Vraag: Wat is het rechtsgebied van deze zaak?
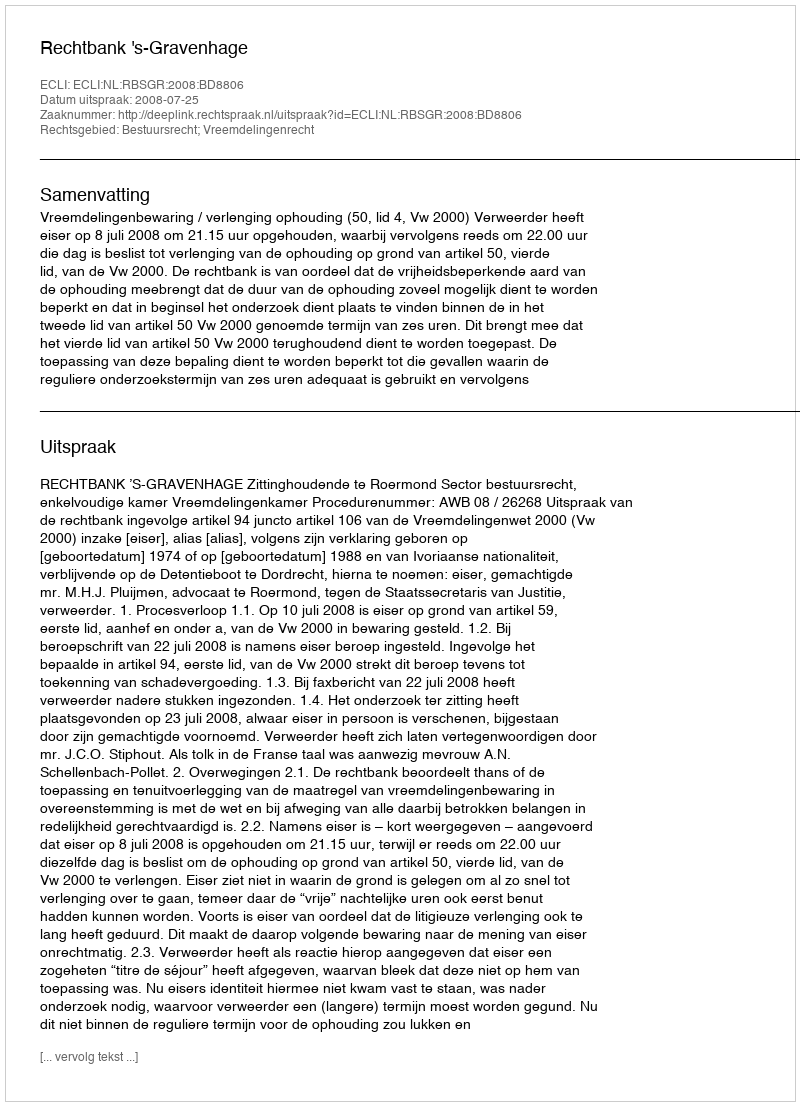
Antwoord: Bestuursrecht; Vreemdelingenrecht